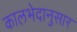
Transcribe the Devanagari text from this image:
कालभेदानुसार